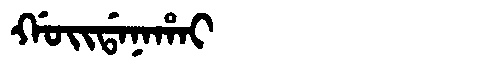
Manchu: ᡤᠣᡳᡩᠠᠨᠠᡥᠠᡳ
Romanization: GOIDANAHAI